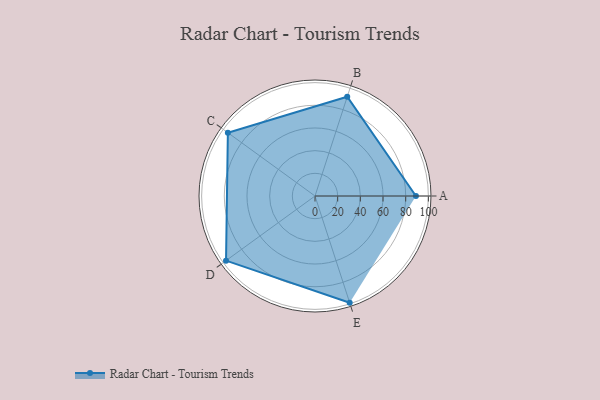
{"axis": {"x": "Skill", "y": "Score"}, "legend": ["Profile"], "data": [{"x": "A", "y": 89.0, "type": "Profile"}, {"x": "B", "y": 92.0, "type": "Profile"}, {"x": "C", "y": 95.0, "type": "Profile"}, {"x": "D", "y": 97.0, "type": "Profile"}, {"x": "E", "y": 99.0, "type": "Profile"}]}